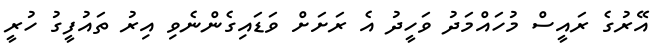
އޭރުގެ ރައީސް މުހައްމަދު ވަހީދު އެ ރަށަށް ވަޑައިގެންނެވި އިރު ތައުފީގު ހުރީ